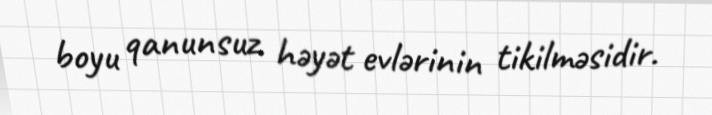
boyu qanunsuz həyət evlərinin tikilməsidir.